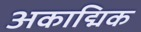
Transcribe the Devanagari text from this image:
अकाद्मिक